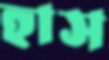
হাস